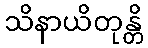
သိနာယိတုန္တိ